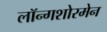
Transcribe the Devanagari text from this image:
लॉन्गशोरमेन